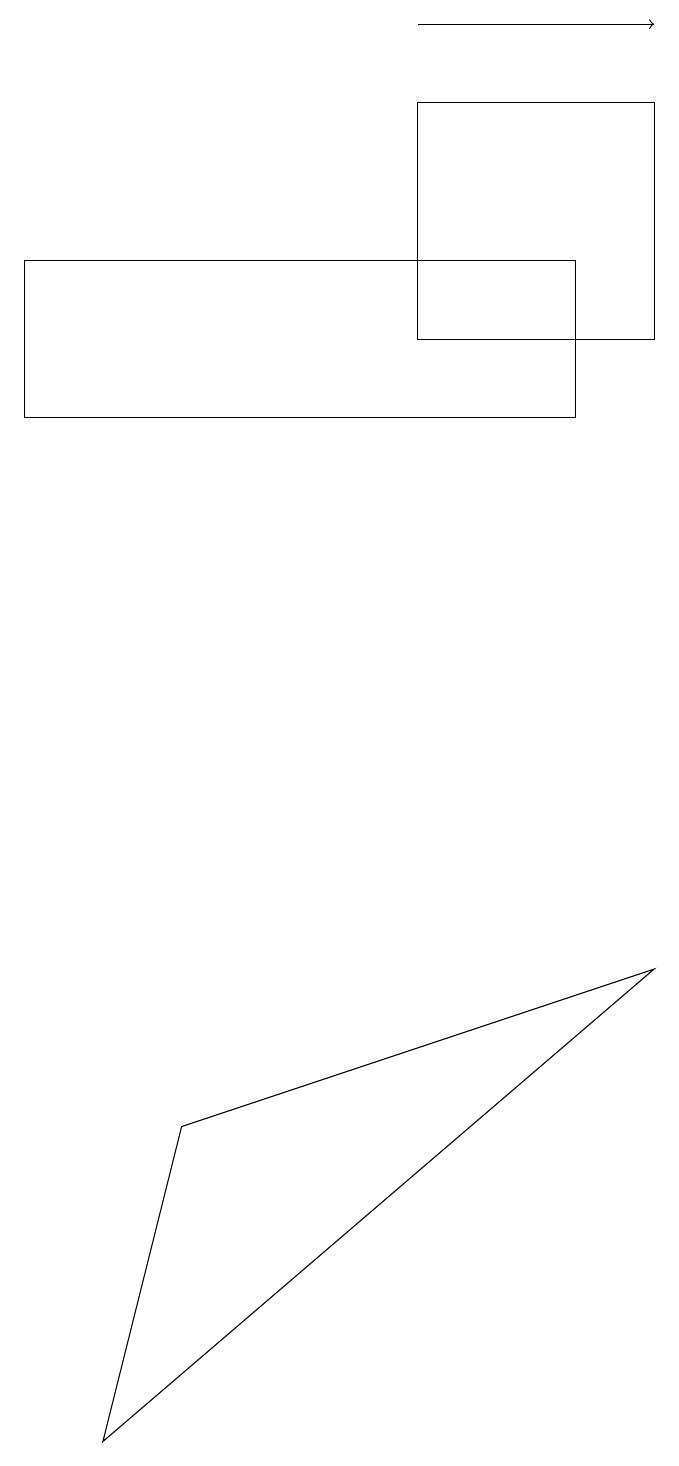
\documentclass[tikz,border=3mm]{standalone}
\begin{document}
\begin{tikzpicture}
\draw (9,6) -- (3,4) -- (2,0) -- cycle;
\draw (8,13) rectangle (1,15);
\draw (9,17) rectangle (6,14);
\draw[->] (6,18) -- (9,18);
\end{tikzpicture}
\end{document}